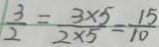
\frac { 3 } { 2 } = \frac { 3 \times 5 } { 2 \times 5 } = \frac { 1 5 } { 1 0 }